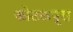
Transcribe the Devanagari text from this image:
कोटकपूरा